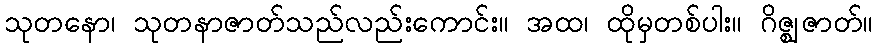
သုတနော၊ သုတနာဇာတ်သည်လည်းကောင်း။ အထ၊ ထိုမှတစ်ပါး။ ဂိဇ္ဈဇာတ်။